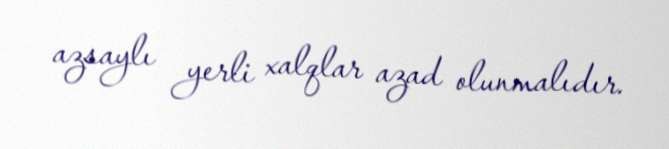
azsaylı yerli xalqlar azad olunmalıdır.